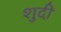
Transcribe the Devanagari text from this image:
शुदी